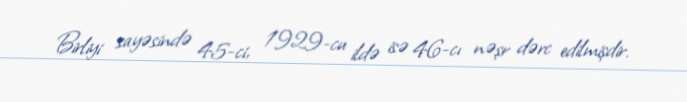
Birliyi sayəsində 45-ci, 1929-cu ildə isə 46-cı nəşr dərc edilmişdir.